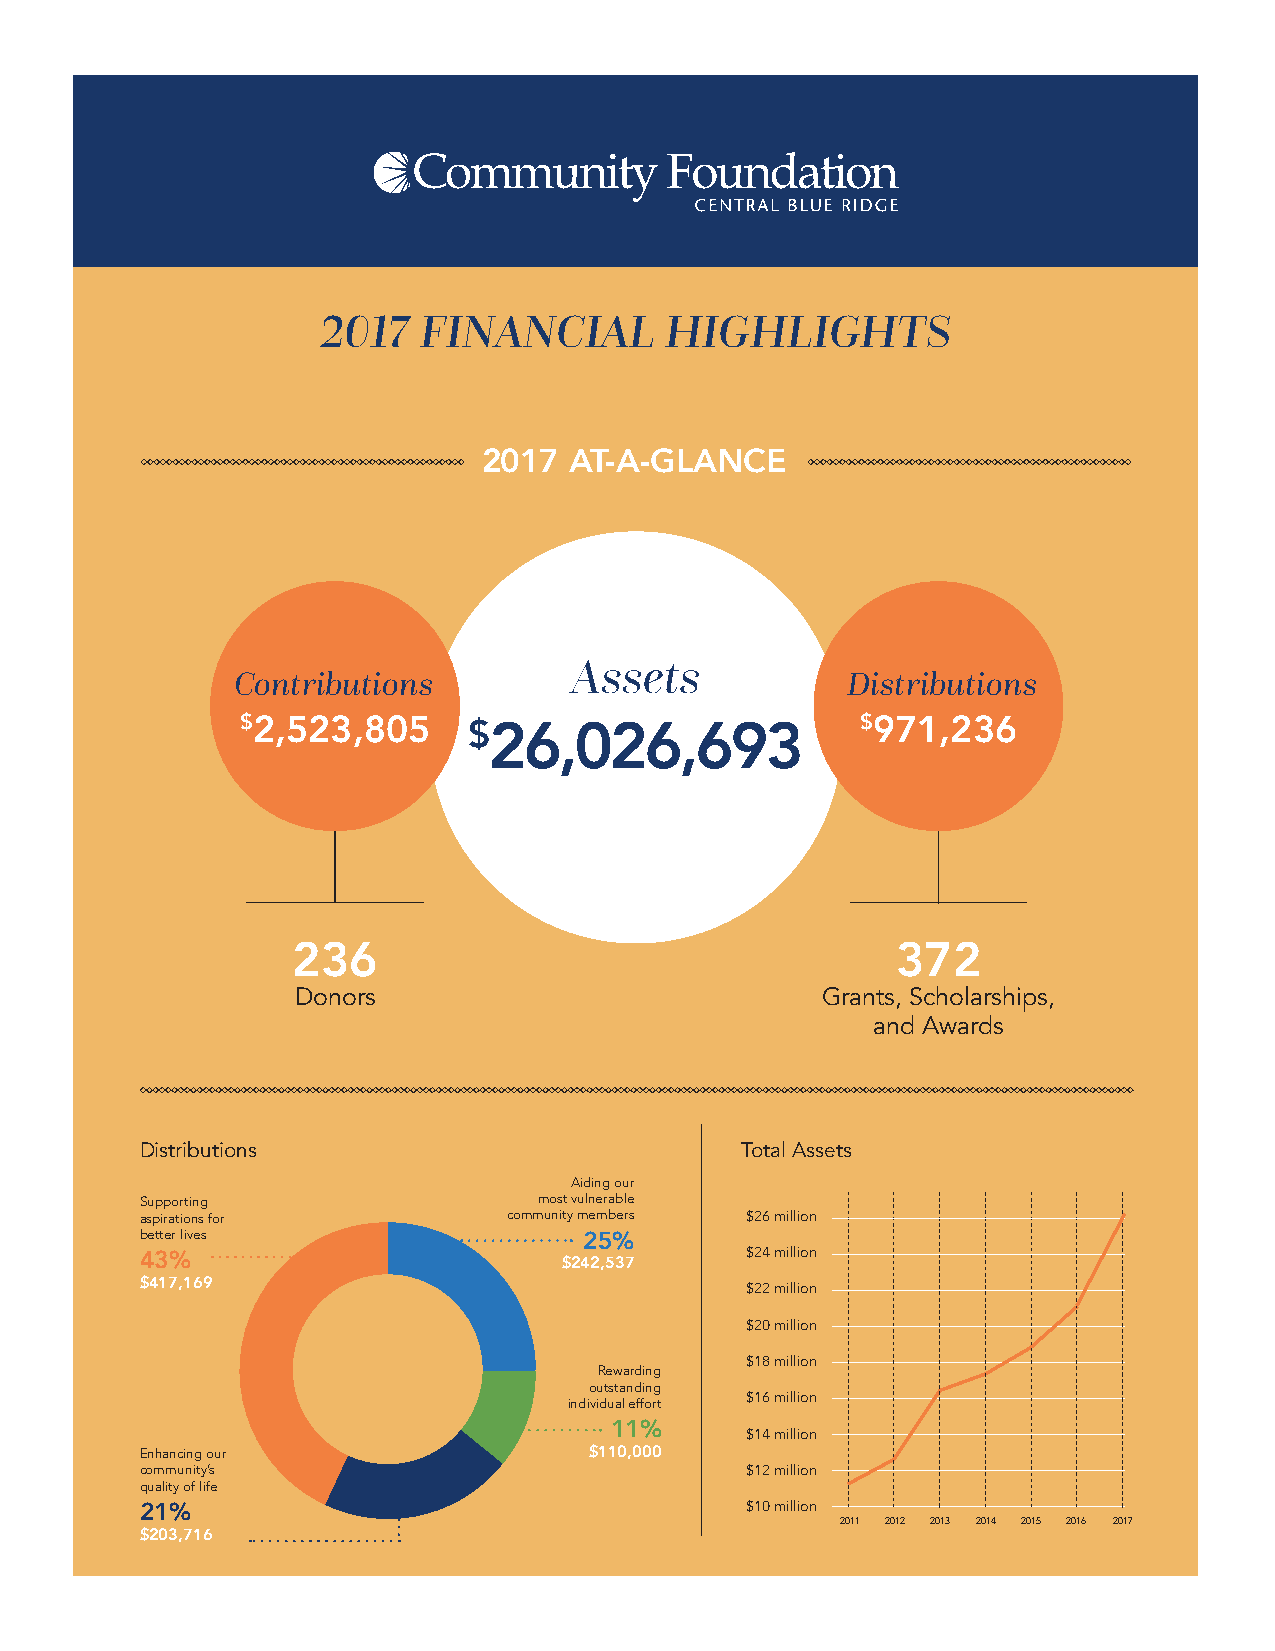
2017   FINANCIAL       HIGHLIGHTS
 2017  AT-A-GLANCE
 Assets
 Contributions                           Distributions
 $2,523,805
 $26,026,693
 $971,236
 236                                     372
 Donors                             Grants, Scholarships,
 and Awards
 Distributions                           Total Assets
 Aiding our
 Supporting                 most vulnerable
 aspirations for          community members $26 million
 better lives                  25%
 $24 million
 43%                         $242,537
 $417,169                                $22 million
 $20 million
 $18 million
 Rewarding
 outstanding
 individual effort $16 million
 11%      $14 million
 Enhancing our                 $110,000
 community’s                             $12 million
 quality of life
 21%                                     $10 million
 2011 2012 2013 2014 2015 2016 2017
 $203,716